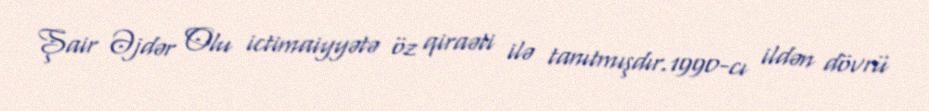
Şair Əjdər Olu ictimaiyyətə öz qiraəti ilə tanıtmışdır.1990-cı ildən dövrü